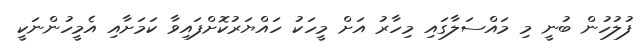
ފުލުހުން ބުނީ މި މައްސަލާގައި މިހާރު އަށް މީހަކު ހައްޔަރުކޮށްފައިވާ ކަމަށާއި އެމީހުންނަކީ